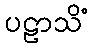
ပဠာသိံ